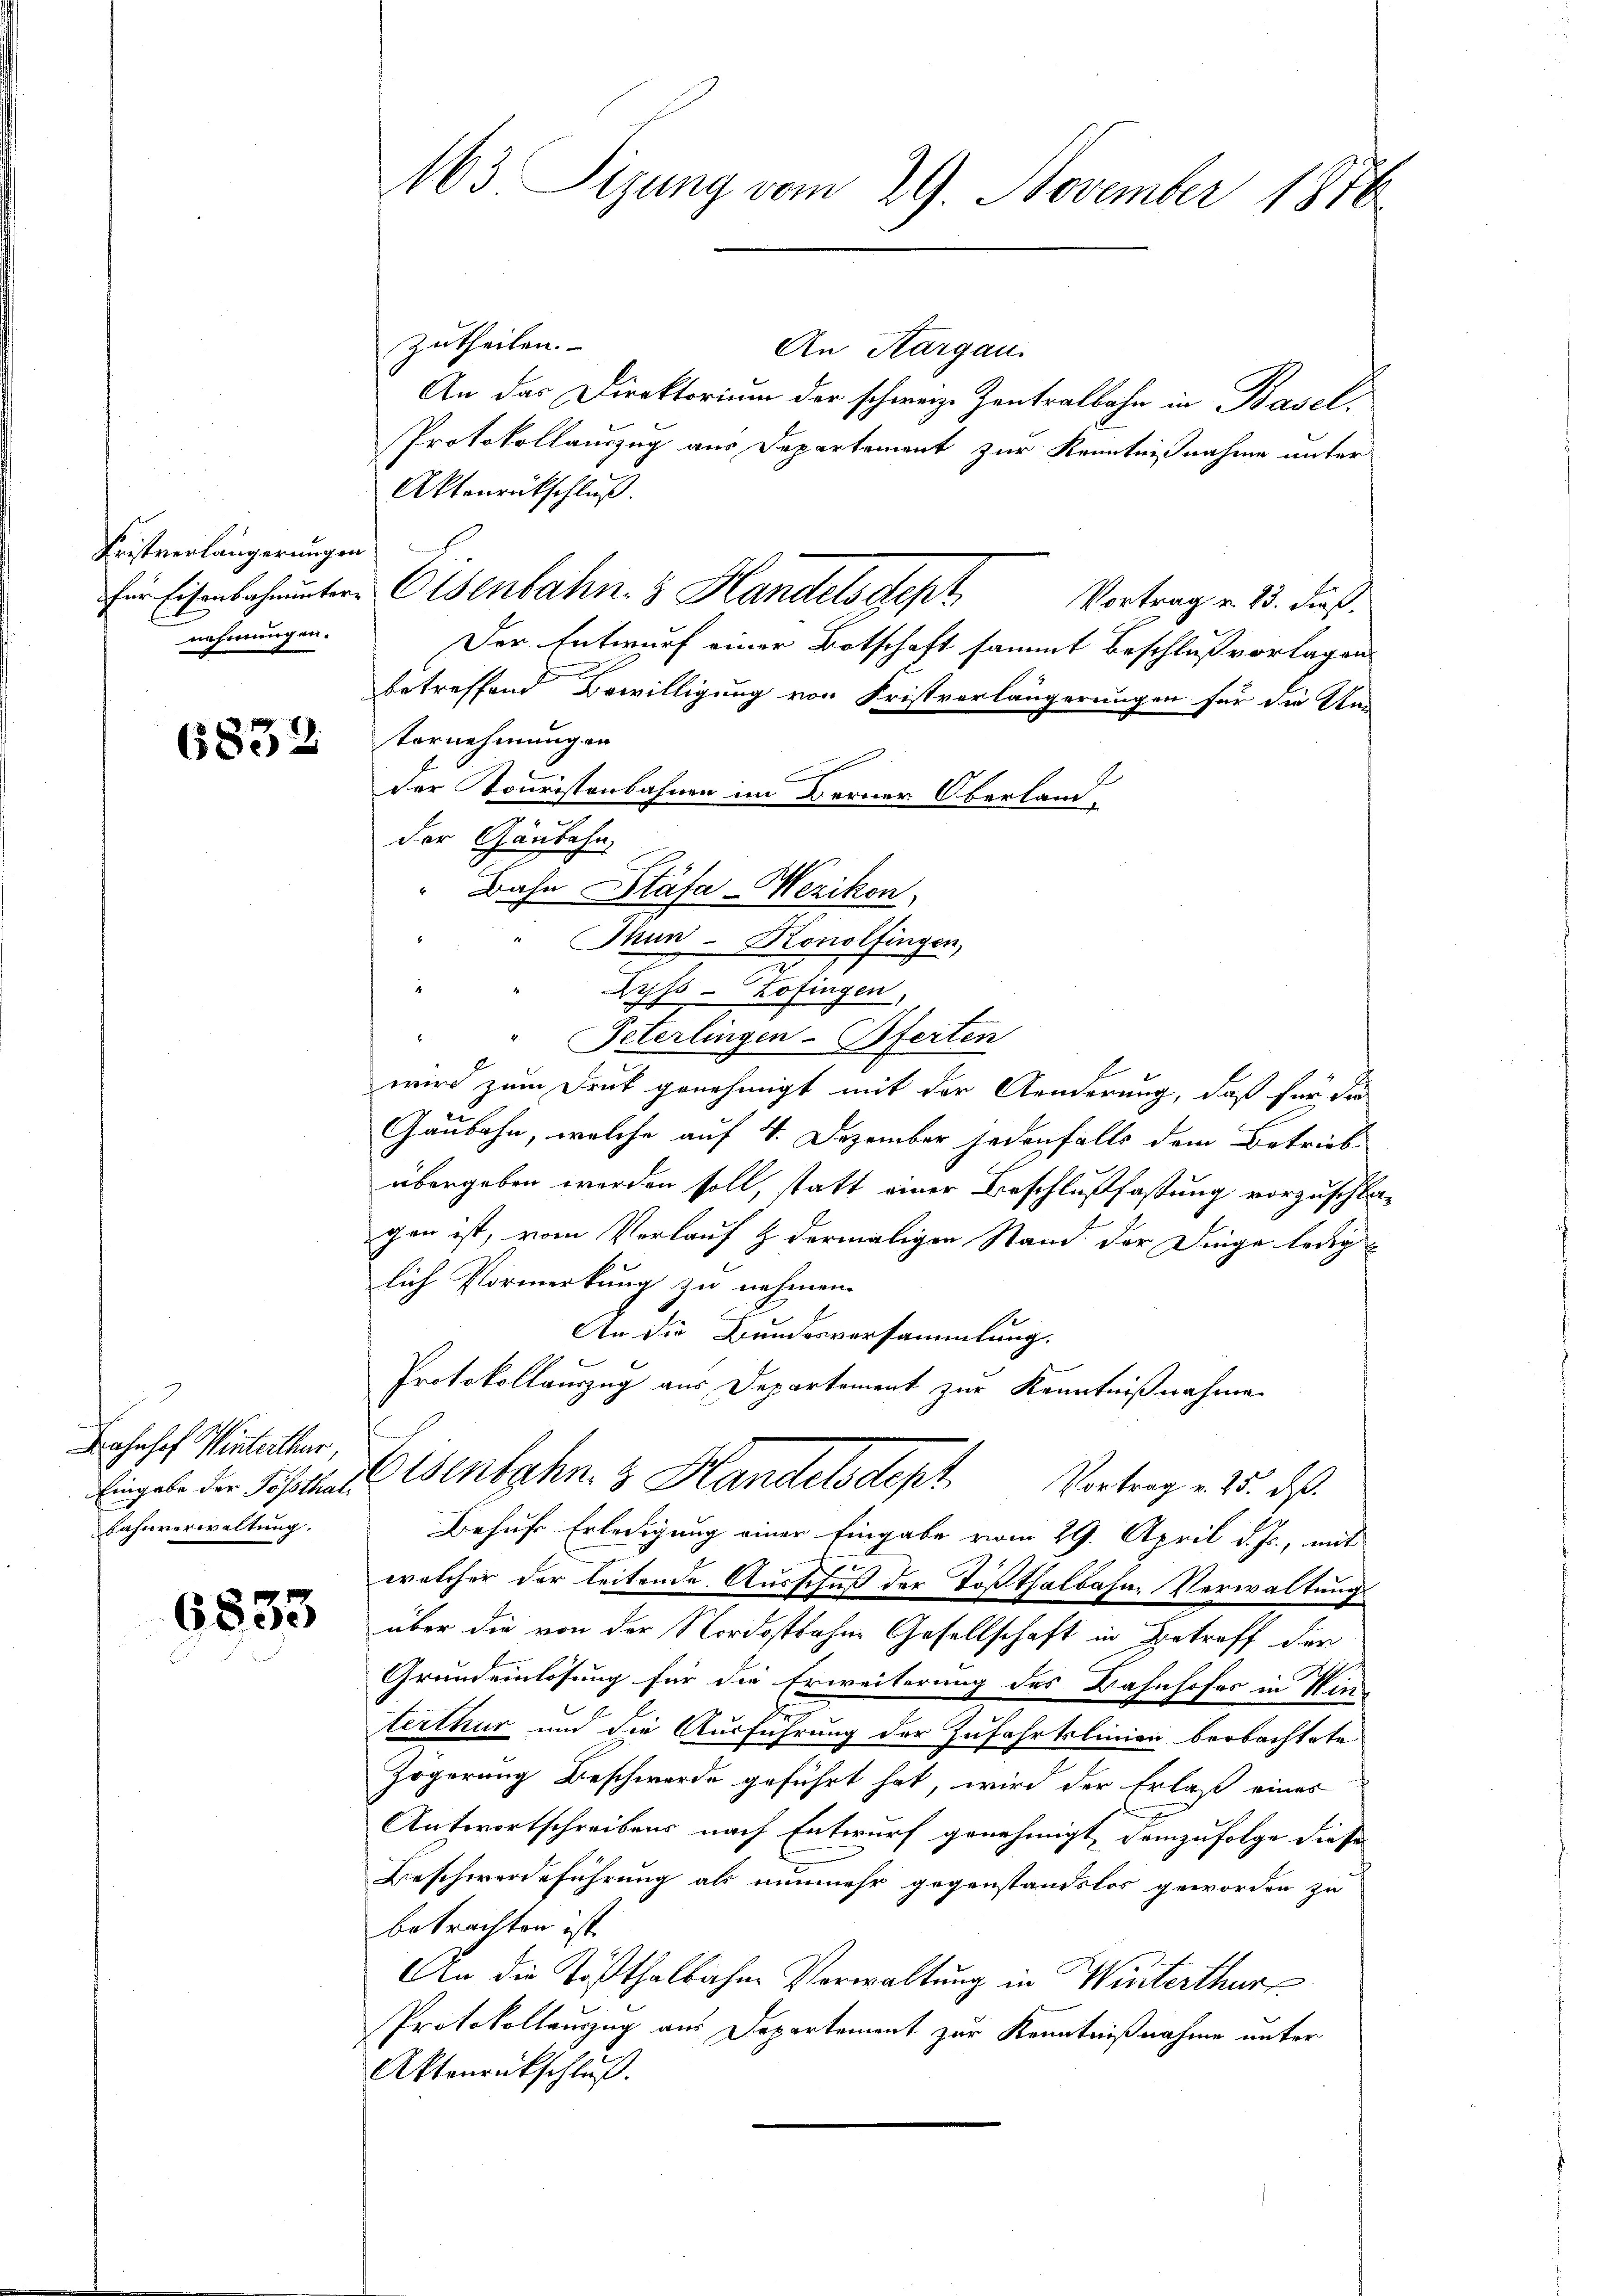
Fristverlängerungen
nehmungen.

6832

Bahnhof Winterthur
Eingabe der Possthal,
Fahnverwaltung.

6835

M63 Sizung vom 29. November 1816

zutheilen.
An Kargau.
An das Direktorium der schwerze Zentralbahn in Basel
Protokollauszug aus Departement zur Kenntnißnahme unter
Aktenrückschluß.
h
für Eisenbahnuntere Ottenbahn 3 Handelsdept
Vortrag v. 23. Fuß.
Der Entwurf einer Botschaft sammt Beschluß vorlagen.
betreffend Bewilligung von Fristvorlängerungen für die Un
tornehmungen
der Nouristenbahnen im Berner Oberland-
der Gaubahn
" Bahn Stäfa-Wezikon.
 Thun - Konolfingen,
1
Zyss - Zofingen,
E
Peterlingen-Pferten
wird zum Druk genehmigt mit der Aenderung, daß für die
Gaubahn, welche auf 4. Dezember jedenfalls dem Betrieb
übergeben werden soll, statt einer Beschlußfaßung vorzuschlagen ist, vom Verlauf & dermaligen Stand der Dinge ledig
lich Vormerkung zu nehmen.
An die Bundesversammlung.
Protokollauszug aus Departement zur Kenntnißnahme.
Eisenbahn 3 Handelsdept Vortrag u. 25. d.
Behuf Erledigung einer Eingabe vom 29. April d. Js., mit
welcher der leitende Ausschuß der Tößthalbahne Verwaltung
über die von der Nordostbahne Gesellschaft in Betreff der
1
Grundeinlösung für die Erweiterung des Bahnhofes in Winterthur und die Ausführung der Zufahrtslinien beobachtete
Zögerung Beschwerde geführt hat, wird der Erlaß eines
Antwortschreibens nach Entwurf genehmigt, demzufolge diese
Beschwerdeführung als nunmehr gegenstandslos geworden zu
betrachten ist.
An die Tößthalbahne Verwaltung in Winterthur
Protokollenzug aus Departement zur Kenntnißnahme unter
Aktenrückschluß.